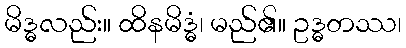
မိဒ္ဓလည်း။ ထိနမိဒ္ဓံ၊ မည်၏။ ဥဒ္ဓတဿ၊